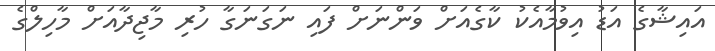
އައިޝާގެ އަޑު އިވުމާއެކު ކާގެއަށް ވަންނަށް ފައި ނަގަނަގާ ހުރި މާޖިދާއަށް މާހިލްގެ